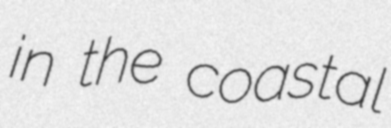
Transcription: in the coastal